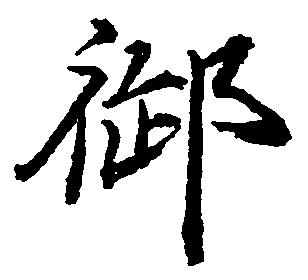
御